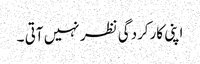
اپنی کارکردگی نظر نہیں آتی ۔